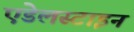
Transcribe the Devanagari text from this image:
एडेलस्टाइन